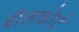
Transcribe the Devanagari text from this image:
बॉलकोर्ट